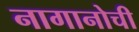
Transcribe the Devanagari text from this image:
नागानोची